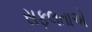
સફલતાએ